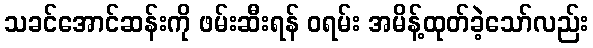
သခင်အောင်ဆန်းကို ဖမ်းဆီးရန် ဝရမ်း အမိန့်ထုတ်ခဲ့သော်လည်း